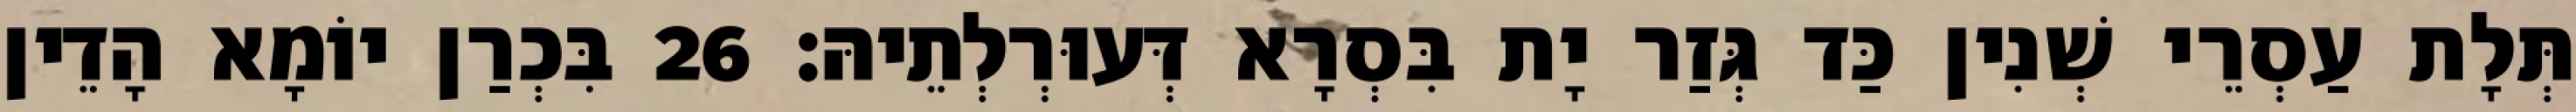
תְּלָת עַסְרֵי שְׁנִין כַּד גְּזַר יָת בִּסְרָא דְּעוּרְלְתֵיהּ׃ 26 בִּכְרַן יוֹמָא הָדֵין